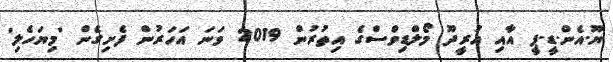
ޔޫ.އެން.ޑީ.ޕީ އާއި އުރީދޫ މޯލްޑިވްސްގެ އިތުރުން 2019 ވަނަ އަހަރުން ފެށިގެން 'މިޔަހެލި'